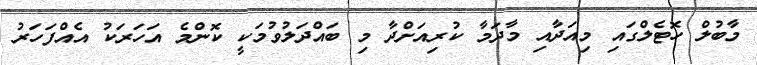
މާބުލް ހޮޓެލްގައި މިއަދާއި މާދަމާ ކުރިއަށްދާ މި ބައްދަލުވުމަކީ ކޮންމެ އަހަރަކު އެއްފަހަރު